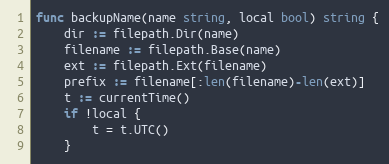
Language: Go
func backupName(name string, local bool) string {
	dir := filepath.Dir(name)
	filename := filepath.Base(name)
	ext := filepath.Ext(filename)
	prefix := filename[:len(filename)-len(ext)]
	t := currentTime()
	if !local {
		t = t.UTC()
	}